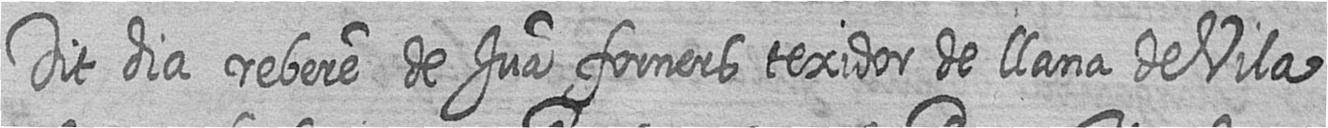
Dit dia rebere de Jua forners texidor de llana de Vila=